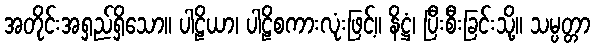
အတိုင်းအရှည်ရှိသော။ ပါဠိယာ၊ ပါဠိစကားလုံးဖြင့်။ နိဋ္ဌံ၊ ပြီးစီးခြင်းသို့။ သမ္ပတ္တာ